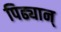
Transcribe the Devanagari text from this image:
पिढ्यान्‌